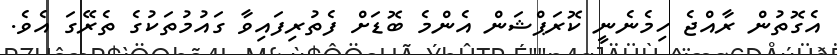
އެގޮތުން ރާއްޖެ ހިމެނެނީ ކޮރަޕްޝަން އެންމެ ބޮޑަށް ފެތުރިފައިވާ ގައުމުތަކުގެ ތެރޭގަ އެވެ.